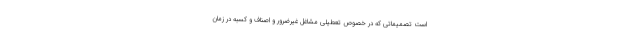
است تصمیماتی که در خصوص تعطیلی مشاغل غیرضرور و اصناف و کسبه در زمان